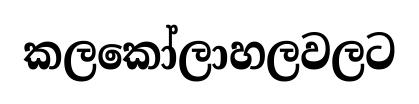
කලකෝලාහලවලට